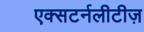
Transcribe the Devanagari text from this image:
एक्सटर्नलीटीज़